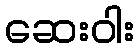
ဆေးဝါး